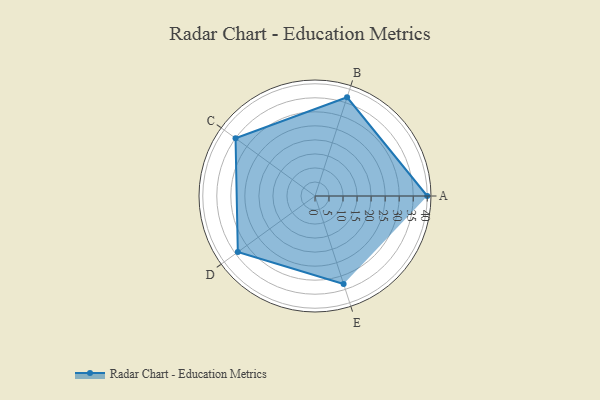
{"axis": {"x": "Skill", "y": "Score"}, "legend": ["Profile"], "data": [{"x": "A", "y": 40.0, "type": "Profile"}, {"x": "B", "y": 37.0, "type": "Profile"}, {"x": "C", "y": 35.0, "type": "Profile"}, {"x": "D", "y": 34.0, "type": "Profile"}, {"x": "E", "y": 33.0, "type": "Profile"}]}